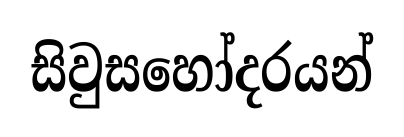
සිවුසහෝදරයන්